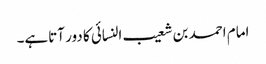
امام احمد بن شعیب النسائی کا دور آتاہے۔